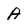
Character: A